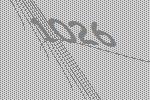
1026